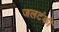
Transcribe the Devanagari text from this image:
जलटंकी